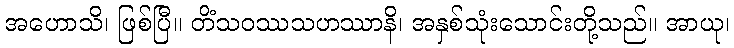
အဟောသိ၊ ဖြစ်ပြီ။ တိံသဝဿသဟဿာနိ၊ အနှစ်သုံးသောင်းတို့သည်။ အာယု၊